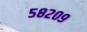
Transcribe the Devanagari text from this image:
५८२०९